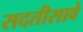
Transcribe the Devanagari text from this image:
सदतीसावे